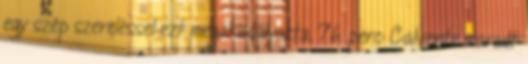
egy szép szereléssel ezt megakadályozta. 76. perc: Calvente maradt